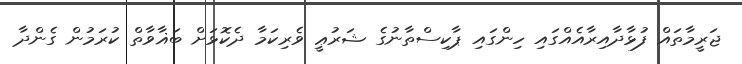
ޖަރީމާތައް ފުޅާދާއިރާއެއްގައި ހިންގައި ޕާކިސްތާނުގެ ޝަރުޢީ ވެރިކަމާ ދެކޮޅަށް ބަޣާވާތް ކުރަމުން ގެންދާ